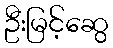
ဦးမြင့်ဆွေ